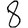
Digit: 8